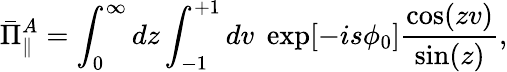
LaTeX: \bar{\Pi}_{\parallel}^{A}=\int_{0}^{\infty}dz\int_{-1}^{+1}dv\; \exp[{-is\phi_{0}}]\frac{\cos(zv)}{\sin(z)},